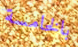
بالخامسة